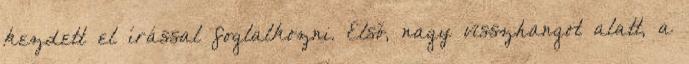
kezdett el írással foglalkozni. Első, nagy visszhangot alatt, a